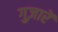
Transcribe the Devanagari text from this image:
गुज़ारें